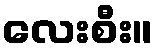
လေးစီး။